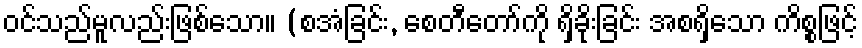
ဝင်သည်မူလည်းဖြစ်သော။ (စအံခြင်း, စေတီတော်ကို ရှိခိုးခြင်း အစရှိသော ကိစ္စဖြင့်